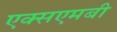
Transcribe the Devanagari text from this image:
एक्सएमबी